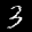
Label: 3